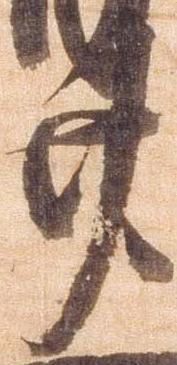
廿